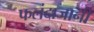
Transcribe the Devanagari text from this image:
फलंदाजानी